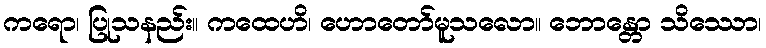
ကရော၊ ပြုသနည်း။ ကထေဟိ၊ ဟောတော်မူသလော။ ဘောန္တော သိဿော၊